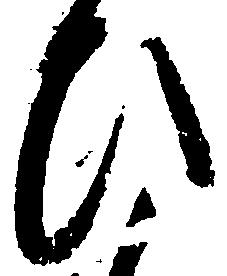
ひ